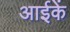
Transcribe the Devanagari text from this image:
आईकें